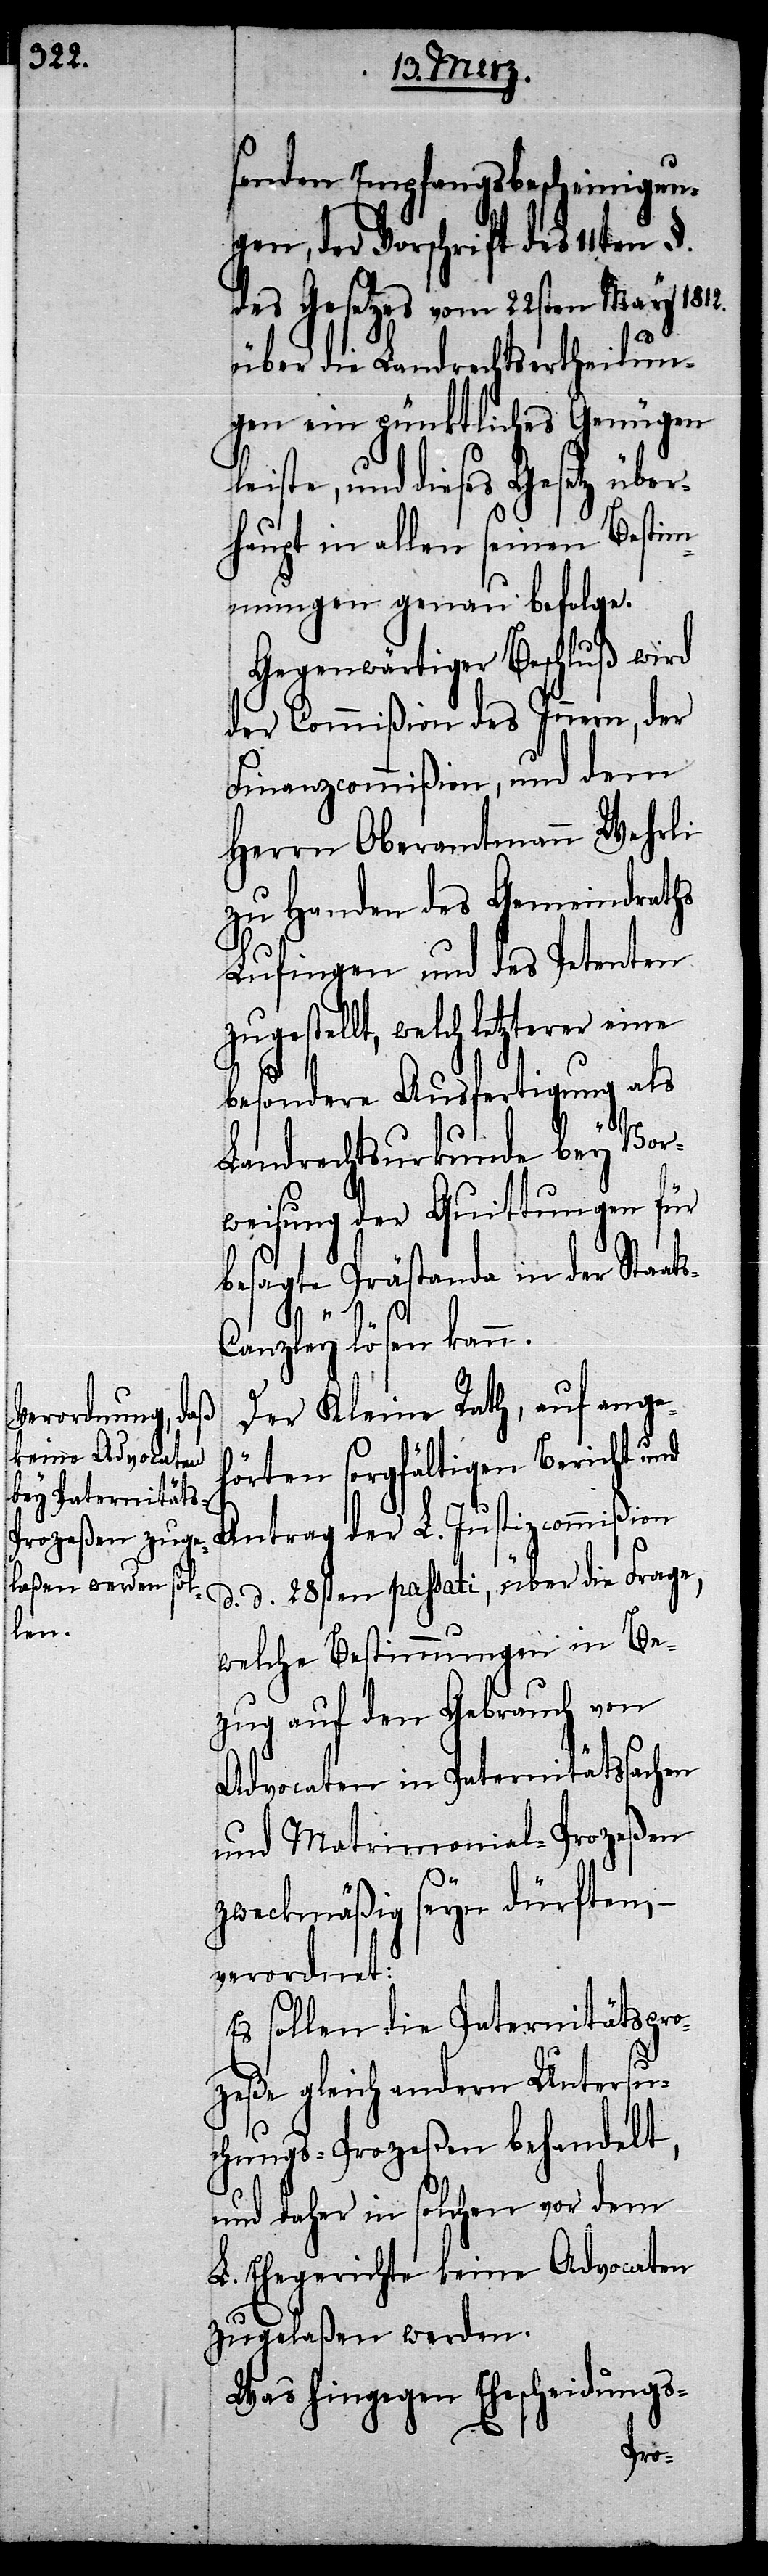
senden Empfangsbescheinigun¬
gen, der Vorschrift des 11ten
des Gesetzes vom 22sten May 1812.
über die Landrechtsertheilun¬
gen ein pünktliches Genügen
iste, und dieses Gesetz übe¬
rhaupt in allen seinen Bestim¬
mungen genau befolge.
Gegenwärtiger Beschluß wird
der Commißion des Innern, der
Finanzcommißion, und dem
Herrn Oberamtmann Wehrli
zu Handen des Gemeindraths
Lufingen und des Petenten
welch letzterer eine
besondere Ausfertigung als
Landrechtsurkunde bey Vor¬
weisung der Quittungen für
besagte Prästanda in der Staat¬
s-Canzley lösen kann.
Der Kleine Rath, auf ange¬
hörten sorgfältigen Bericht und
Antrag der L. Justizcommißion
d. d. 28sten passati, über die Frage,
welche Bestimmungen in Be¬
zug auf den Gebrauch von
Advocaten in Paternitätssachen
und Matrimonial-Prozeßen
zweckmäßig seyn dürften, –
verordnet:
Es sollen die Paternitätspro¬
zeße gleich andern Untersu¬
chungs-Prozeßen behandelt,
und daher in solchen vor dem
L. Ehegerichte keine Advocaten
zugelaßen werden.
Was hingegen Ehescheidungs-
le¬